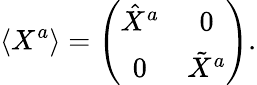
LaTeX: \langle X^{a}\rangle=\left(\begin{array}{cc}{{\hat{X}^{a}}}&{{0}}\\ {{0}}&{{\tilde{X}^{a}}}\end{array}\right).